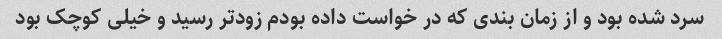
سرد شده بود و از زمان بندی که در خواست داده بودم زودتر رسید و خیلی کوچک بود